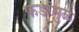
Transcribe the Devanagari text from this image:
फडांमुळे